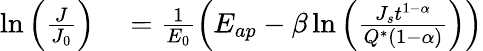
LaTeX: \begin{array}{rl}{\ln\Big(\frac{J}{J_{0}}\Big)}&{{}=\frac{1}{E_{0}}\Big(E_{ap}-\beta\ln\Big(\frac{J_{s}t^{1-\alpha}}{Q^{*}(1-\alpha)}\Big)\Big)}\end{array}